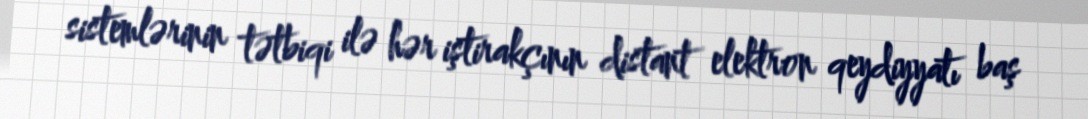
sistemlərinin tətbiqi ilə hər iştirakçının distant elektron qeydiyyatı baş